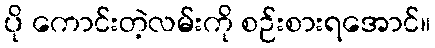
ပို ကောင်းတဲ့လမ်းကို စဉ်းစားရအောင်။